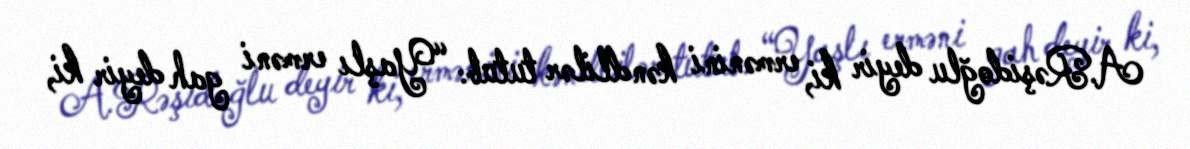
A.Rəşidoğlu deyir ki, ermənini kəndlilər tutub: “Yaşlı erməni gah deyir ki,